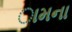
ામના